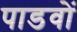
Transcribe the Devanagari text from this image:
पाडवों